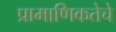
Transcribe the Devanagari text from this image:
प्रामाणिकतेचे